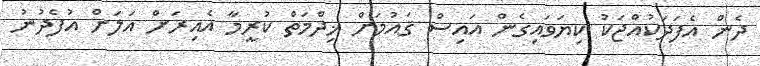
ދެން އެފަދަކުއްޖަކު ކިޔަވައިގެން އައިސް ޤައުމަށް ޚިދްމަތް ކުރީމާ އެއިރަށް އަލަށް އުފެދުނު